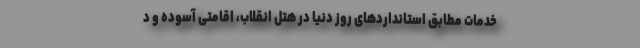
خدمات مطابق استانداردهای روز دنیا در هتل انقلاب، اقامتی آسوده و د